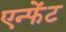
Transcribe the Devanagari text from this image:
एन्फेंट